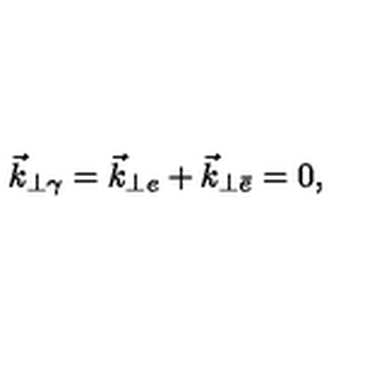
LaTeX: \vec { k } _ { \perp \gamma } = \vec { k } _ { \perp e } + \vec { k } _ { \perp \bar { e } } = 0 ,